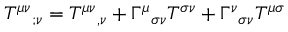
T ^ { \mu \nu } { } _ { ; \nu } = T ^ { \mu \nu } { } _ { , \nu } + \Gamma ^ { \mu } { } _ { \sigma \nu } T ^ { \sigma \nu } + \Gamma ^ { \nu } { } _ { \sigma \nu } T ^ { \mu \sigma }